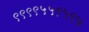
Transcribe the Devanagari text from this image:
९९९९५५९५९७